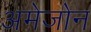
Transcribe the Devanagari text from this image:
अमेजोन